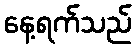
နေ့ရက်သည်